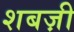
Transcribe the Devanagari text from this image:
शबज़ी